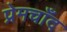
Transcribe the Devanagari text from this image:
प्रेमचाँद